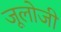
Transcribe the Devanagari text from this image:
जूलोजी